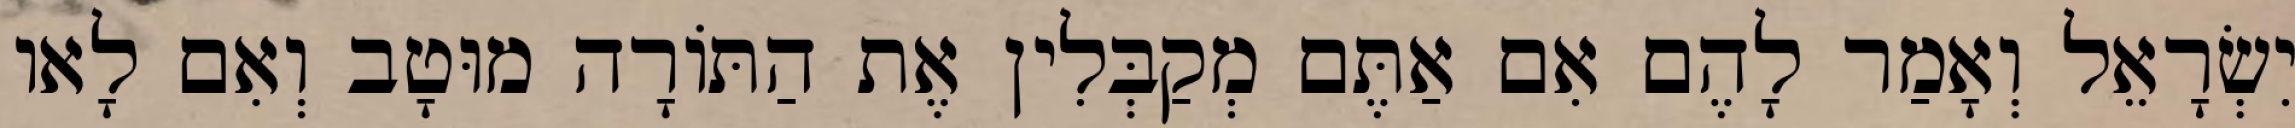
יִשְׂרָאֵל וְאָמַר לָהֶם אִם אַתֶּם מְקַבְּלִין אֶת הַתּוֹרָה מוּטָב וְאִם לָאו